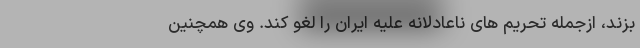
بزند، ازجمله تحریم های ناعادلانه علیه ایران را لغو کند. وی همچنین